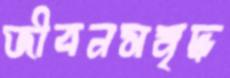
জীবনসমৃদ্ধ